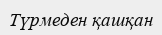
Түрмеден қашқан